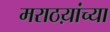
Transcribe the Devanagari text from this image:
मराठय़ांच्या